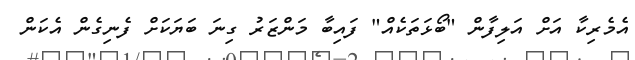
އެމެރިކާ އަށް އަލިފާން "ބޯޅަތަކެއް" ފައިބާ މަންޒަރު ގިނަ ބަޔަކަށް ފެނިގެން އެކަން